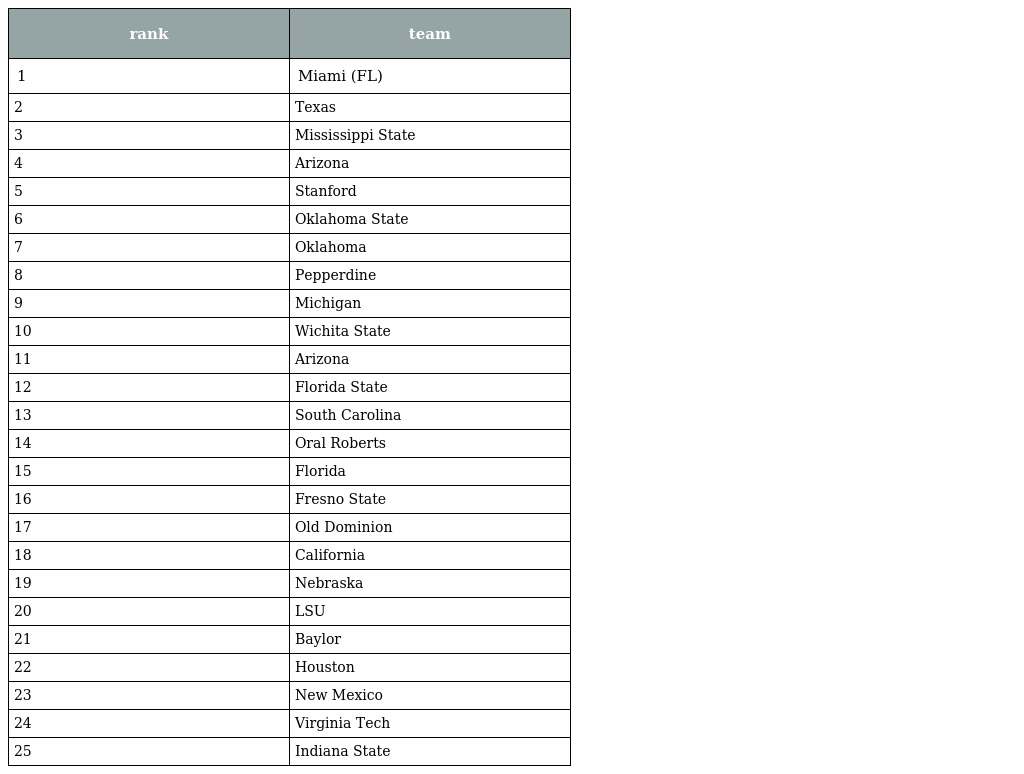
| rank | team |
 | --- | --- |
 | 1 | Miami (FL) |
 | 2 | Texas |
 | 3 | Mississippi State |
 | 4 | Arizona |
 | 5 | Stanford |
 | 6 | Oklahoma State |
 | 7 | Oklahoma |
 | 8 | Pepperdine |
 | 9 | Michigan |
 | 10 | Wichita State |
 | 11 | Arizona |
 | 12 | Florida State |
 | 13 | South Carolina |
 | 14 | Oral Roberts |
 | 15 | Florida |
 | 16 | Fresno State |
 | 17 | Old Dominion |
 | 18 | California |
 | 19 | Nebraska |
 | 20 | LSU |
 | 21 | Baylor |
 | 22 | Houston |
 | 23 | New Mexico |
 | 24 | Virginia Tech |
 | 25 | Indiana State |